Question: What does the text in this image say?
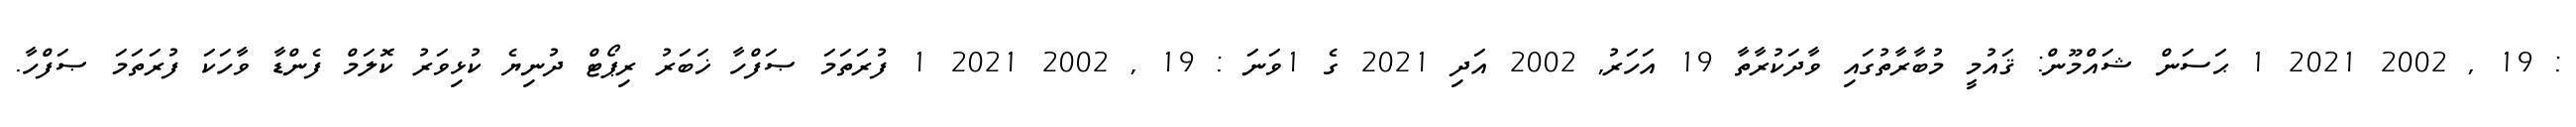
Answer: : 19 , 2002 2021 1 ޙަސަން ޝައްމޫން: ޤައުމީ މުބާރާތުގައި ވާދަކުރާތާ 19 އަހަރު, 2002 އަދި 2021 ގެ 1ވަނަ : 19 , 2002 2021 1 ފުރަތަމަ ޞަފްހާ ޚަބަރު ރިޕޯޓް ދުނިޔެ ކުޅިވަރު ކޮލަމް ފެންޑާ ވާހަކަ ފުރަތަމަ ޞަފްހާ.